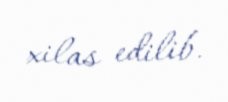
xilas edilib.